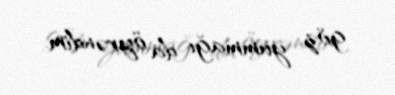
göz yummağı da öyrəndim.